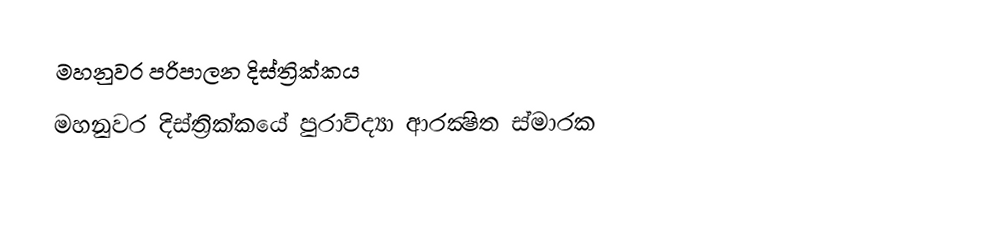
මහනුවර පරිපාලන දිස්ත්‍රික්කය
මහනුවර දිස්ත්‍රික්කයේ පුරාවිද්‍යා ආරක්‍ෂිත ස්මාරක